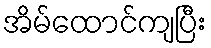
အိမ်ထောင်ကျပြီး